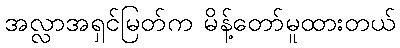
အလ္လာအရှင်မြတ်က မိန့်တော်မူထားတယ်